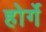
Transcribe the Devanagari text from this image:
होर्गे